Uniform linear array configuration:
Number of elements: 16
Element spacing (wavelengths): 1
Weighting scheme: kaiser
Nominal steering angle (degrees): -15
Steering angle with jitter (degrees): -16.729
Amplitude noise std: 0.05
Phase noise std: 0.05

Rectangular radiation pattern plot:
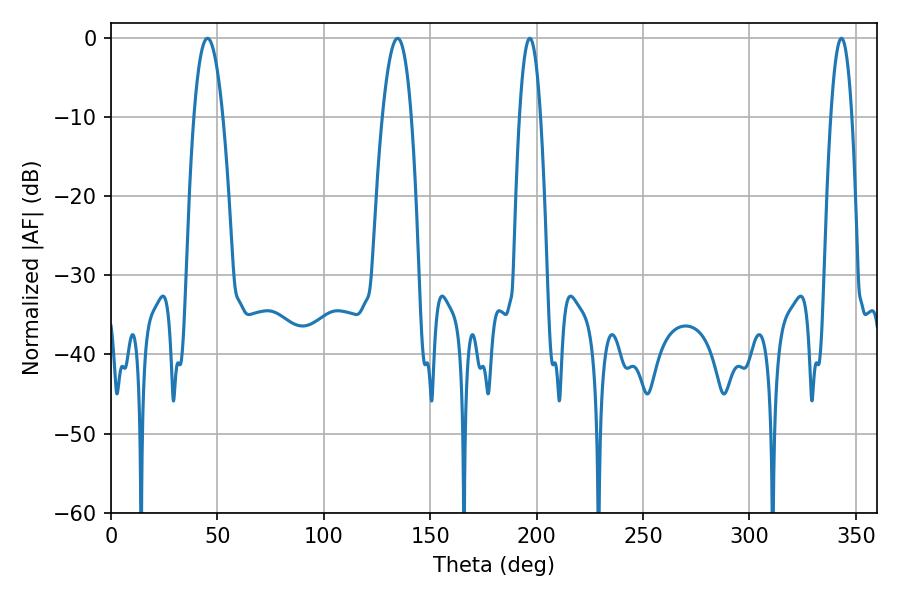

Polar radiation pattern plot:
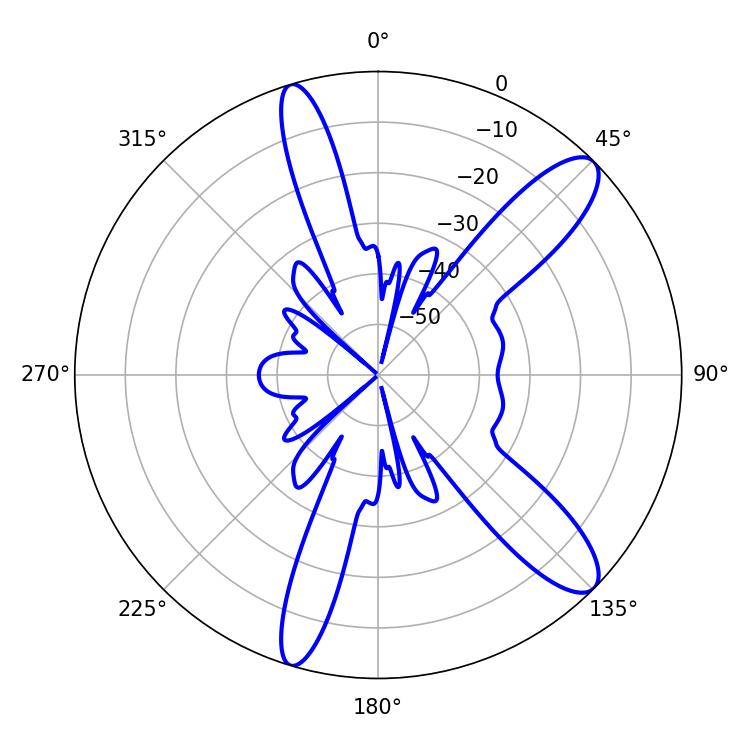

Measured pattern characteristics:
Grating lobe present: TRUE
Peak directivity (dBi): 11.5
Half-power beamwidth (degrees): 7.38
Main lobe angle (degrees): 45.36